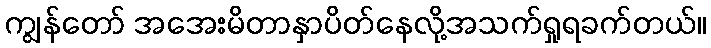
ကျွန်တော် အအေးမိတာနှာပိတ်နေလို့အသက်ရှုရခက်တယ်။